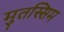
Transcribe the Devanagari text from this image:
मुतस्सिम